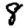
Digit: 8